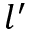
l ^ { \prime }